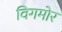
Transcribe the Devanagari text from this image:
विगमोर